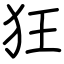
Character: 狂